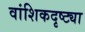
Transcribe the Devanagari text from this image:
वांशिकदृष्ट्या